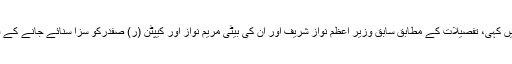
یہ بات الیکشن کمیشن کے ترجمان نے اپنے ایک جاری بیان میں کہی، تفصیلات کے مطابق سابق وزیر اعظم نواز شریف اور ان کی بیٹی مریم نواز اور کیپٹن (ر) صفدرکو سزا سنائے جانے کے فیصلے کے بعد ترجمان الیکشن کمیشن نے بیان جاری کیا ہے۔